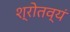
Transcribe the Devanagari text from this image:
श्रोतव्यं